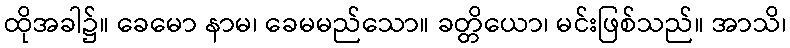
ထိုအခါ၌။ ခေမော နာမ၊ ခေမမည်သော။ ခတ္တိယော၊ မင်းဖြစ်သည်။ အာသိ၊